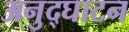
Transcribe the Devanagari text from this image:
अनुद्घाटन